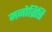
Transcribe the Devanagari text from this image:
मनोव्रित्ति